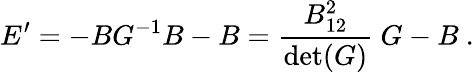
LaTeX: E^{\prime}=-BG^{-1}B-B={\frac{B_{12}^{2}}{\operatorname*{det}(G)}}~G-B~.